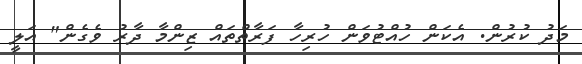
މަދު ކުރުން. އެކަން ހުއްޓުވަން ހުރިހާ ފަރާތްތައް ޒިންމާ ދާރު ވެގެން" އަލީ